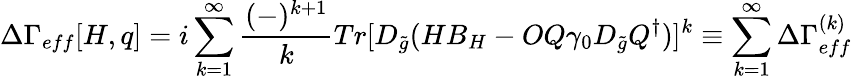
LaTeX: \Delta\Gamma_{eff}[H,q]=i\sum_{k=1}^{\infty}\frac{(-)^{k+1}}{k}Tr[D_{\tilde{g}}(HB_{H}-OQ\gamma_{0}D_{\tilde{g}}Q^{\dagger})]^{k}\equiv\sum_{k=1}^{\infty}\Delta\Gamma_{eff}^{(k)}